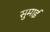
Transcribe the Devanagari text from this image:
सुमाई